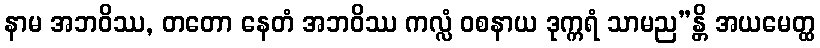
နာမ အဘဝိဿ, တတော နေတံ အဘဝိဿ ကလ္လံ ဝစနာယ ဒုက္ကရံ သာမည”န္တိ အယမေတ္ထ